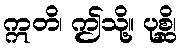
ဣတိ၊ ဤသို့။ ပုစ္ဆိ၊